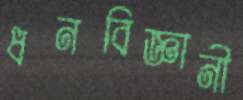
ধনবিজ্ঞানী